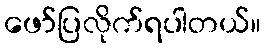
ဖော်ပြလိုက်ရပါတယ်။